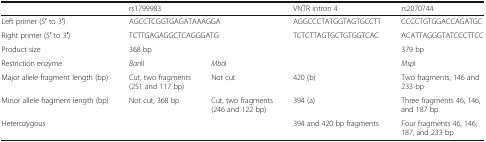
|  | <COLSPAN=2> rs1799983 | VNTR intron 4 | rs2070744 |
 | --- | --- | --- | --- | --- |
 | Left primer (5′ to 3′) | <COLSPAN=2> AGCCTCGGTGAGATAAAGGA | AGGCCCTATGGTAGTGCCTT | CCCCTGTGGACCAGATGC |
 | Right primer (5′ to 3′) | <COLSPAN=2> TCTTGAGAGGCTCAGGGATG | TCTCTTAGTGCTGTGGTCAC | ACATTAGGGTATCCCTTCC |
 | Product size | <COLSPAN=2> 368 bp |  | 379 bp |
 | Restriction enzyme | BanII | MboI |  | MspI |
 | Major allele fragment length (bp) | Cut, two fragments (251 and 117 bp) | Not cut | 420 (b) | Two fragments, 146 and 233 bp |
 | Minor allele fragment length (bp) | Not cut, 368 bp | Cut, two fragments (246 and 122 bp) | 394 (a) | Three fragments 46, 146, and 187 bp |
 | Heterozygous |  |  | 394 and 420 bp fragments | Four fragments 46, 146, 187, and 233 bp |